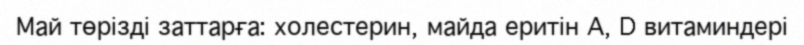
Май төрізді заттарға: холестерин, майда еритін А, D витаминдері